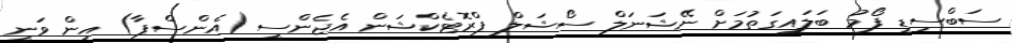
ސަބްސިޑީ ފޯމު ބަލައިގަތުމަށް ނޭޝަނަލް ސޯޝަލް ޕްރޮޓެކްޝަން އެޖެންސީ (އެންސްޕާ) އިން ވަނީ